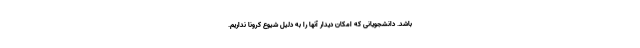
باشد. دانشجویانی که امکان دیدار آنها را به دلیل شیوع کرونا نداریم.